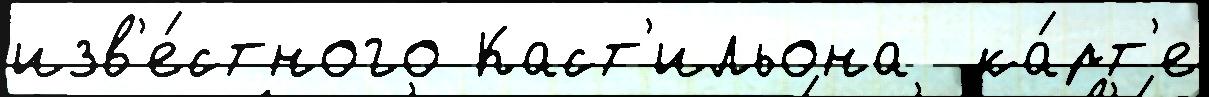
изв'е́стного Каст'ильона  ка́рт'е